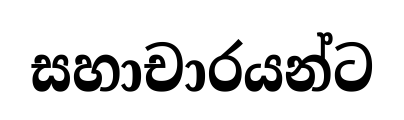
සහාචාරයන්ට